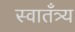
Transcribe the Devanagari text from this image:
स्वातँत्र्य